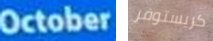
October كريستوفر